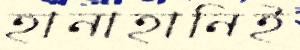
হানাহানিই